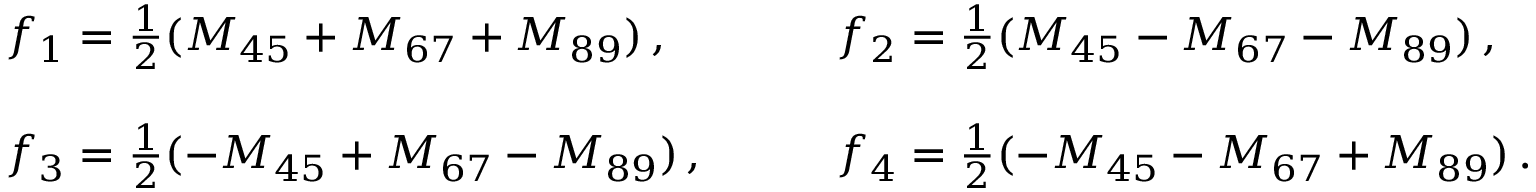
\begin{array} { l l } { { f _ { 1 } = \frac { 1 } { 2 } ( M _ { 4 5 } + M _ { 6 7 } + M _ { 8 9 } ) \, , ~ ~ ~ } } & { { ~ ~ ~ f _ { 2 } = \frac { 1 } { 2 } ( M _ { 4 5 } - M _ { 6 7 } - M _ { 8 9 } ) \, , } } \\ { { { } } } & { { { } } } \\ { { f _ { 3 } = \frac { 1 } { 2 } ( - M _ { 4 5 } + M _ { 6 7 } - M _ { 8 9 } ) \, , ~ ~ ~ } } & { { ~ ~ ~ f _ { 4 } = \frac { 1 } { 2 } ( - M _ { 4 5 } - M _ { 6 7 } + M _ { 8 9 } ) \, . } } \end{array}